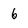
Character: 6